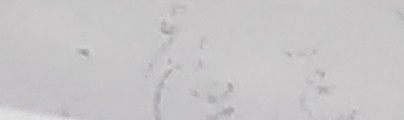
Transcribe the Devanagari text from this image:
जसको